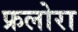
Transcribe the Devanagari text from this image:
फ्रलोरा